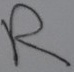
Text: R